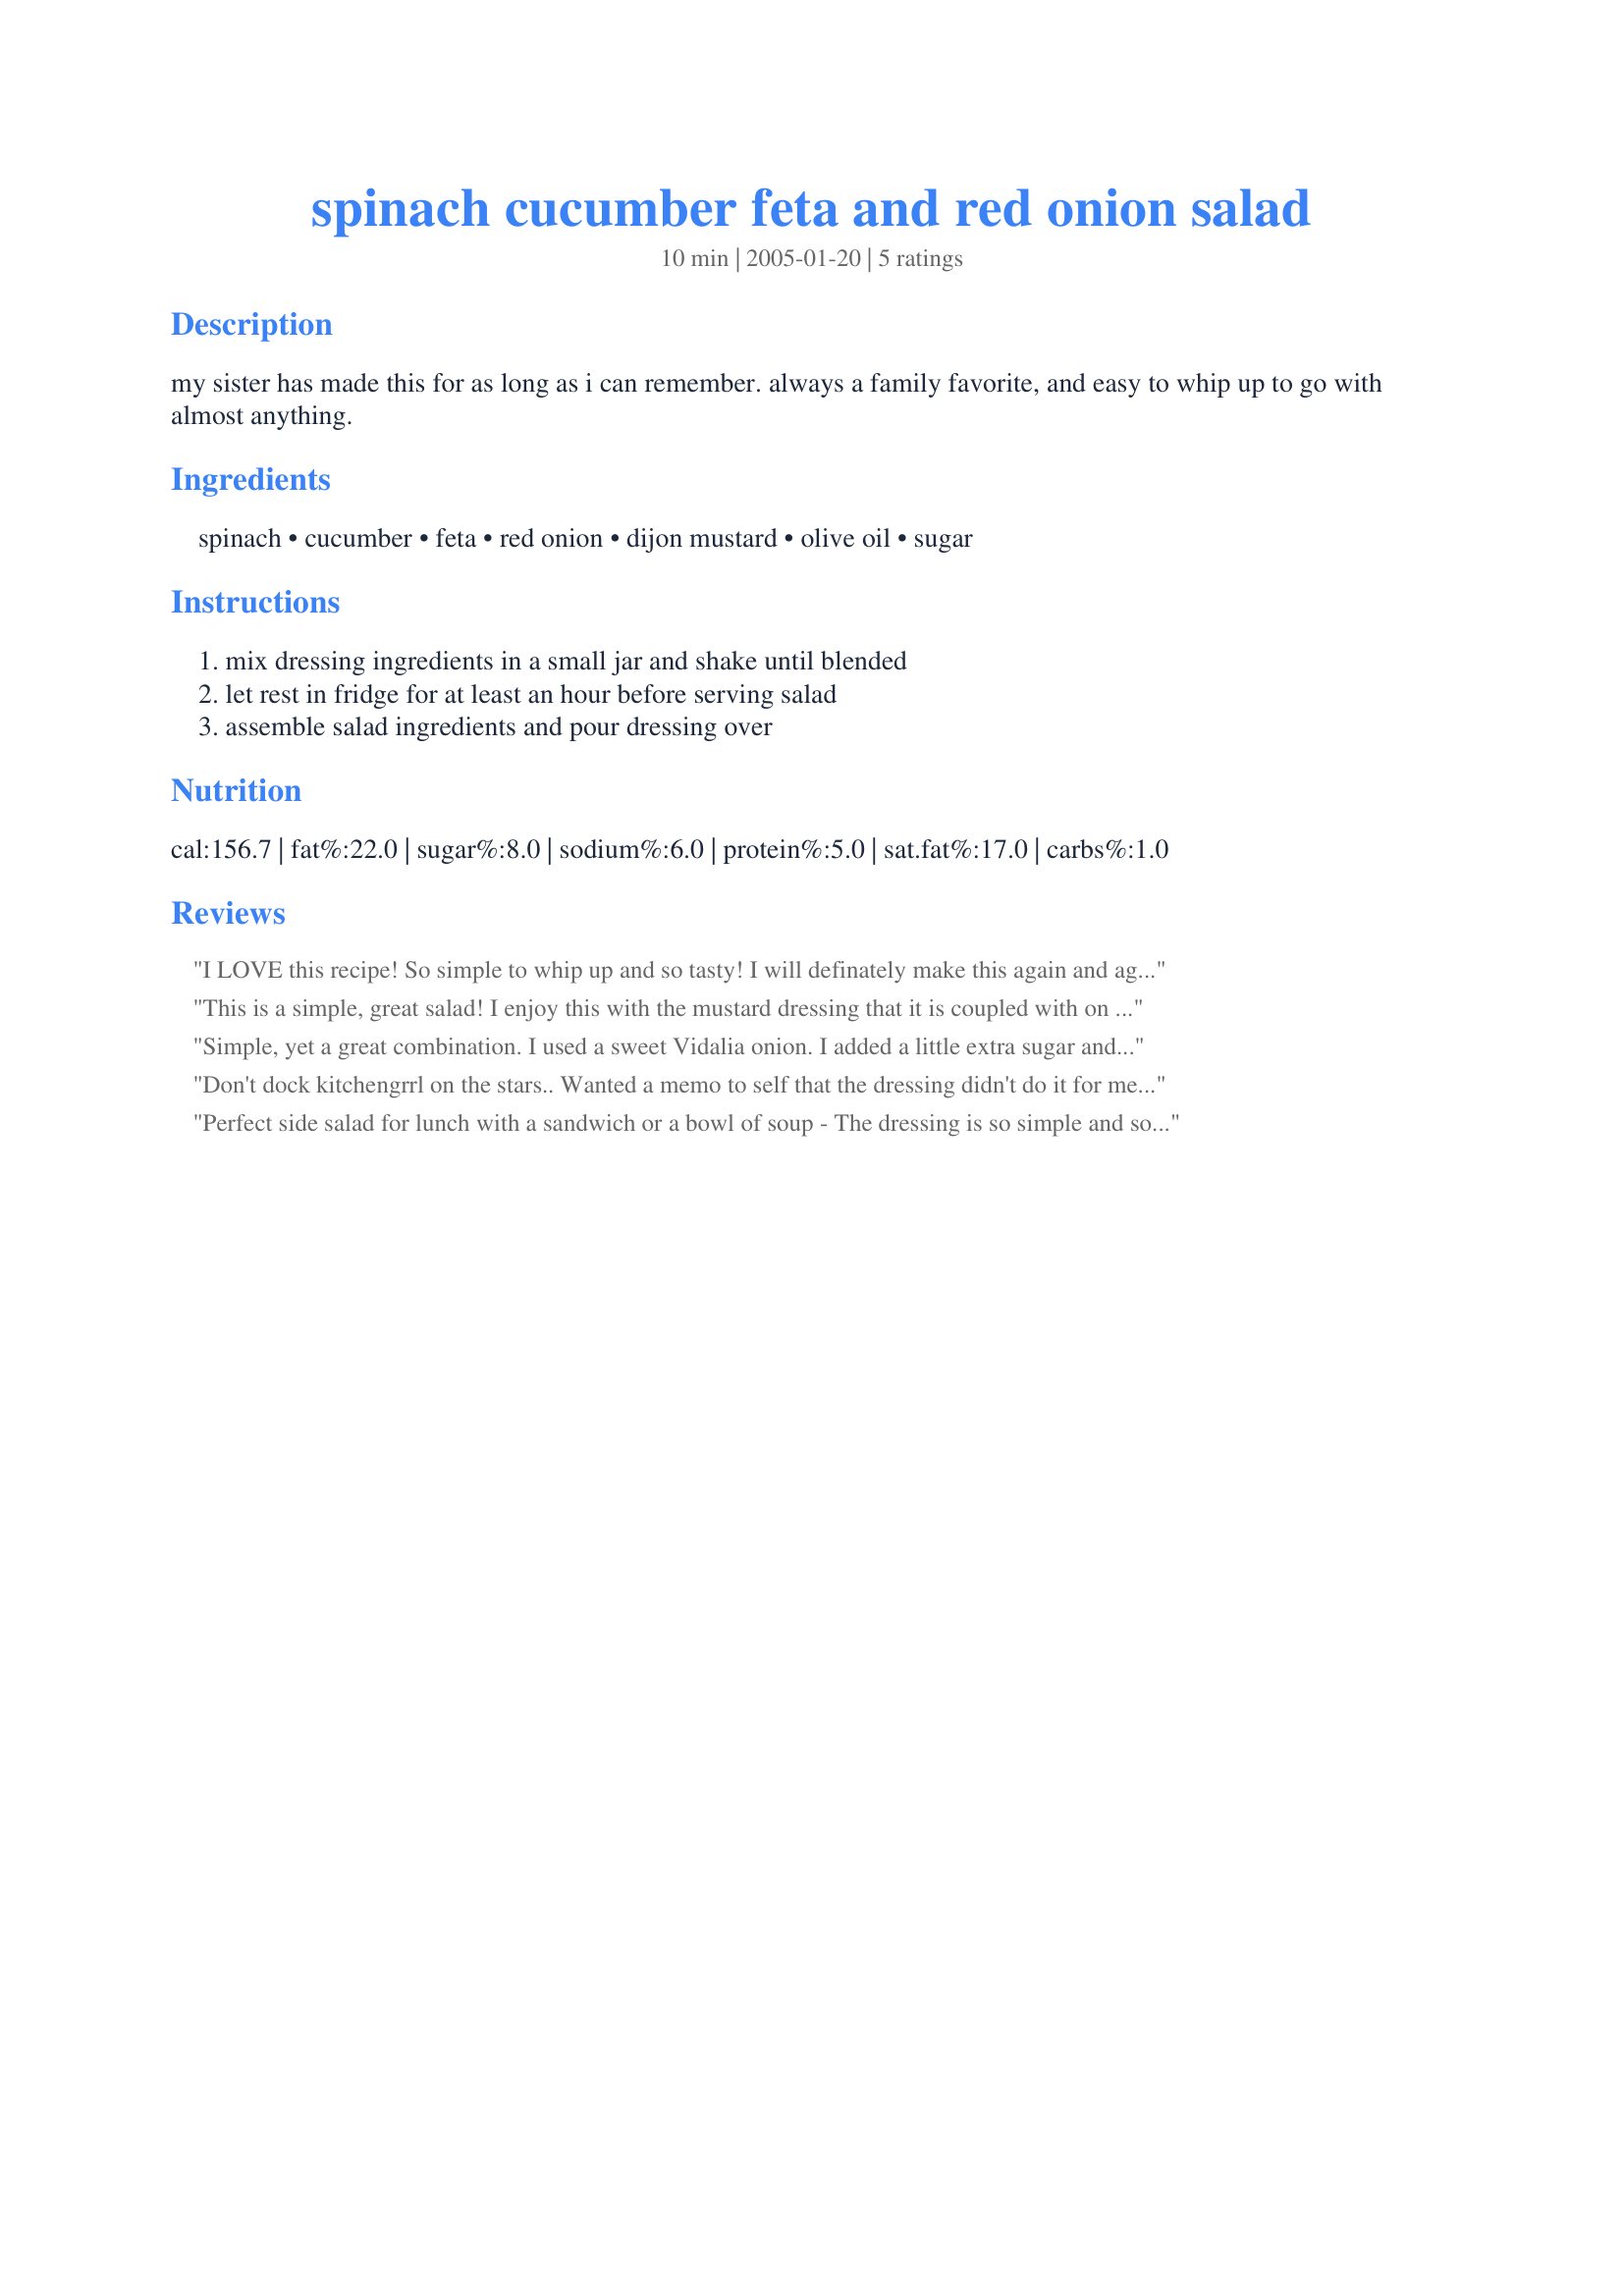
spinach cucumber feta and red onion salad
Preparation time: 10 minutes

my sister has made this for as long as i can remember. always a family favorite, and easy to whip up to go with almost anything.

Ingredients:
spinach, cucumber, feta, red onion, dijon mustard, olive oil, sugar

Steps:
mix dressing ingredients in a small jar and shake until blended, let rest in fridge for at least an hour before serving salad, assemble salad ingredients and pour dressing over

Reviews:
I LOVE this recipe! So simple to whip up and so tasty! I will definately make this again and again! Thank you for sharing this with us! LA :-)
This is a simple, great salad! I enjoy this with the mustard dressing that it is coupled with on the site, but it is also good with a balsamic vinegar and oil dressing, and a red wine vinegar and oil dressing.
Simple, yet a great combination. I used a sweet Vidalia onion. I added a little extra sugar and dijon mustard to the dressing, but otherwise stuck to the recipe. Thanx for sharing this!
Don't dock kitchengrrl on the stars.. Wanted a memo to self that the dressing didn't do it for me.. Maybe my "bad" but I'll use another recipe in the future.
Perfect side salad for lunch with a sandwich or a bowl of soup - The dressing is so simple and so tasty. I will make this again and get a better picture Thanks Kitchengrrl for a keeper
